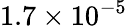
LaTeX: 1.7\times 10^{-5}